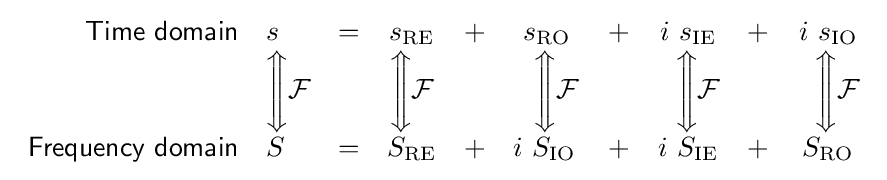
{\begin{array}{rlcccccccc}{\mathsf {Time\ domain}}&s&=&s_{\mathrm {RE} }&+&s_{\mathrm {RO} }&+&i\ s_{\mathrm {IE} }&+&i\ s_{\mathrm {IO} }\\&{\Bigg \Updownarrow }{\mathcal {F}}&&{\Bigg \Updownarrow }{\mathcal {F}}&&\ \ {\Bigg \Updownarrow }{\mathcal {F}}&&\ \ {\Bigg \Updownarrow }{\mathcal {F}}&&\ \ {\Bigg \Updownarrow }{\mathcal {F}}\\{\mathsf {Frequency\ domain}}&S&=&S_{\mathrm {RE} }&+&i\ S_{\mathrm {IO} }\,&+&i\ S_{\mathrm {IE} }&+&S_{\mathrm {RO} }\end{array}}